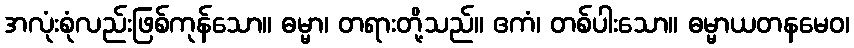
အလုံးစုံလည်းဖြစ်ကုန်သော။ ဓမ္မာ၊ တရားတို့သည်။ ဧကံ၊ တစ်ပါးသော။ ဓမ္မာယတနမေဝ၊